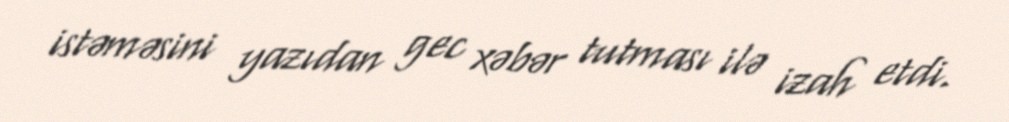
istəməsini yazıdan gec xəbər tutması ilə izah etdi.